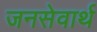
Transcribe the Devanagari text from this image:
जनसेवार्थ